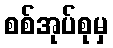
စစ်အုပ်စုမှ